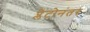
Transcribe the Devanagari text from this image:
प्लेटोनंतर